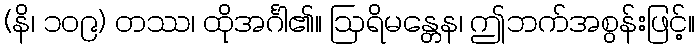
(နိ၊ ၁၀၉) တဿ၊ ထိုအင်္ဂါ၏။ ဩရိမန္တေန၊ ဤဘက်အစွန်းဖြင့်။